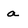
Character: a